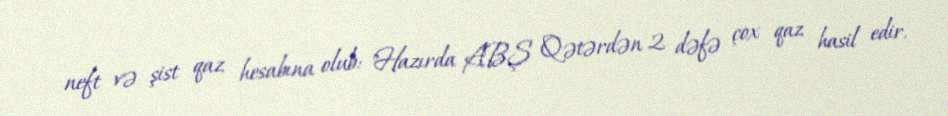
neft və şist qaz hesabına olub: "Hazırda ABŞ Qətərdən 2 dəfə çox qaz hasil edir.